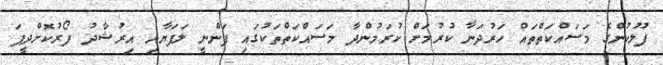
ފުލުހުންގެ މަސައްކަތްތައް ހަރުދަނާ ކުރުމަށް ކުރަމުންދާ މަސައްކަތްތަކުގައި ފަންނީ ލަފަޔާއި އިރުޝާދު ފޯރުކޮށްދީފަ